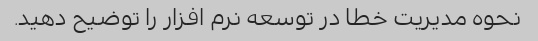
نحوه مدیریت خطا در توسعه نرم افزار را توضیح دهید.